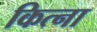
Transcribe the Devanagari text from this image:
कित्ना